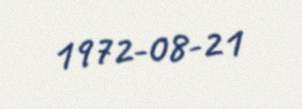
1972-08-21